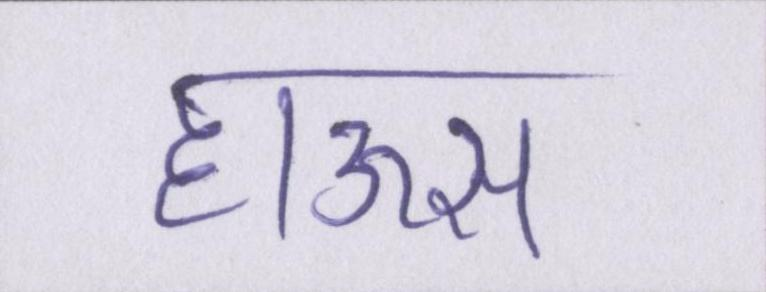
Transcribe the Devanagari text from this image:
हाऊस